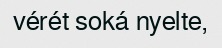
vérét soká nyelte,